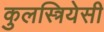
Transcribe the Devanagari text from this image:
कुलस्त्रियेसी